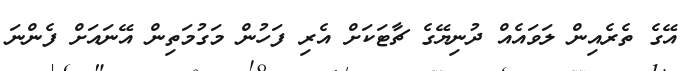
އޭގެ ތެރެއިން ލަވައެއް ދުނިޔޭގެ ޗާޓަކަށް އެރި ފަހުން މަގުމަތިން އޭނައަށް ފެންނަ